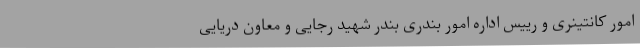
امور کانتینری و رییس اداره امور بندری بندر شهید رجایی و معاون دریایی